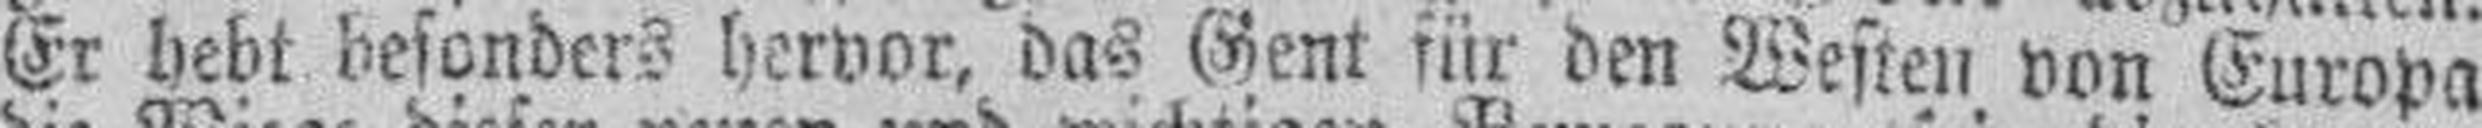
Er hebt besonders hervor, das Gent für den Westen von Europa